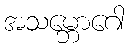
အသမ္ဘောဂေါ